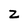
Character: z